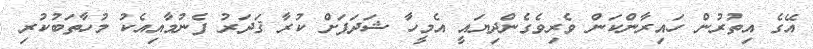
އޭގެ އިތުރުން ހައިރާންކަން ވެރިވެގެންދިޔައީ އެމީހާ ޝަދަފަށް ކުރާ ޤަދަރު ފެނުމާއިއެކު މުހާތަބުކުރި